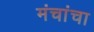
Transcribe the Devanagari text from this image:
मंचांचा